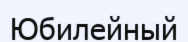
Юбилейный